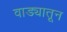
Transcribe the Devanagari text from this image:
वाड्यातून